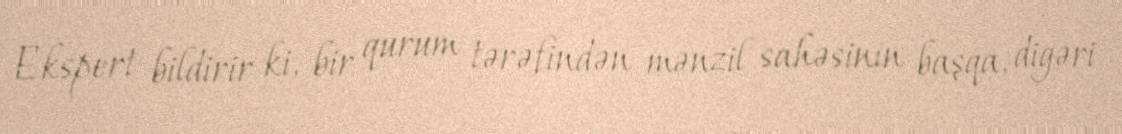
Ekspert bildirir ki, bir qurum tərəfindən mənzil sahəsinin başqa, digəri